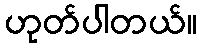
ဟုတ်ပါတယ်။